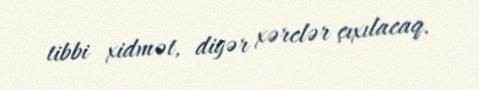
tibbi xidmət, digər xərclər çıxılacaq.